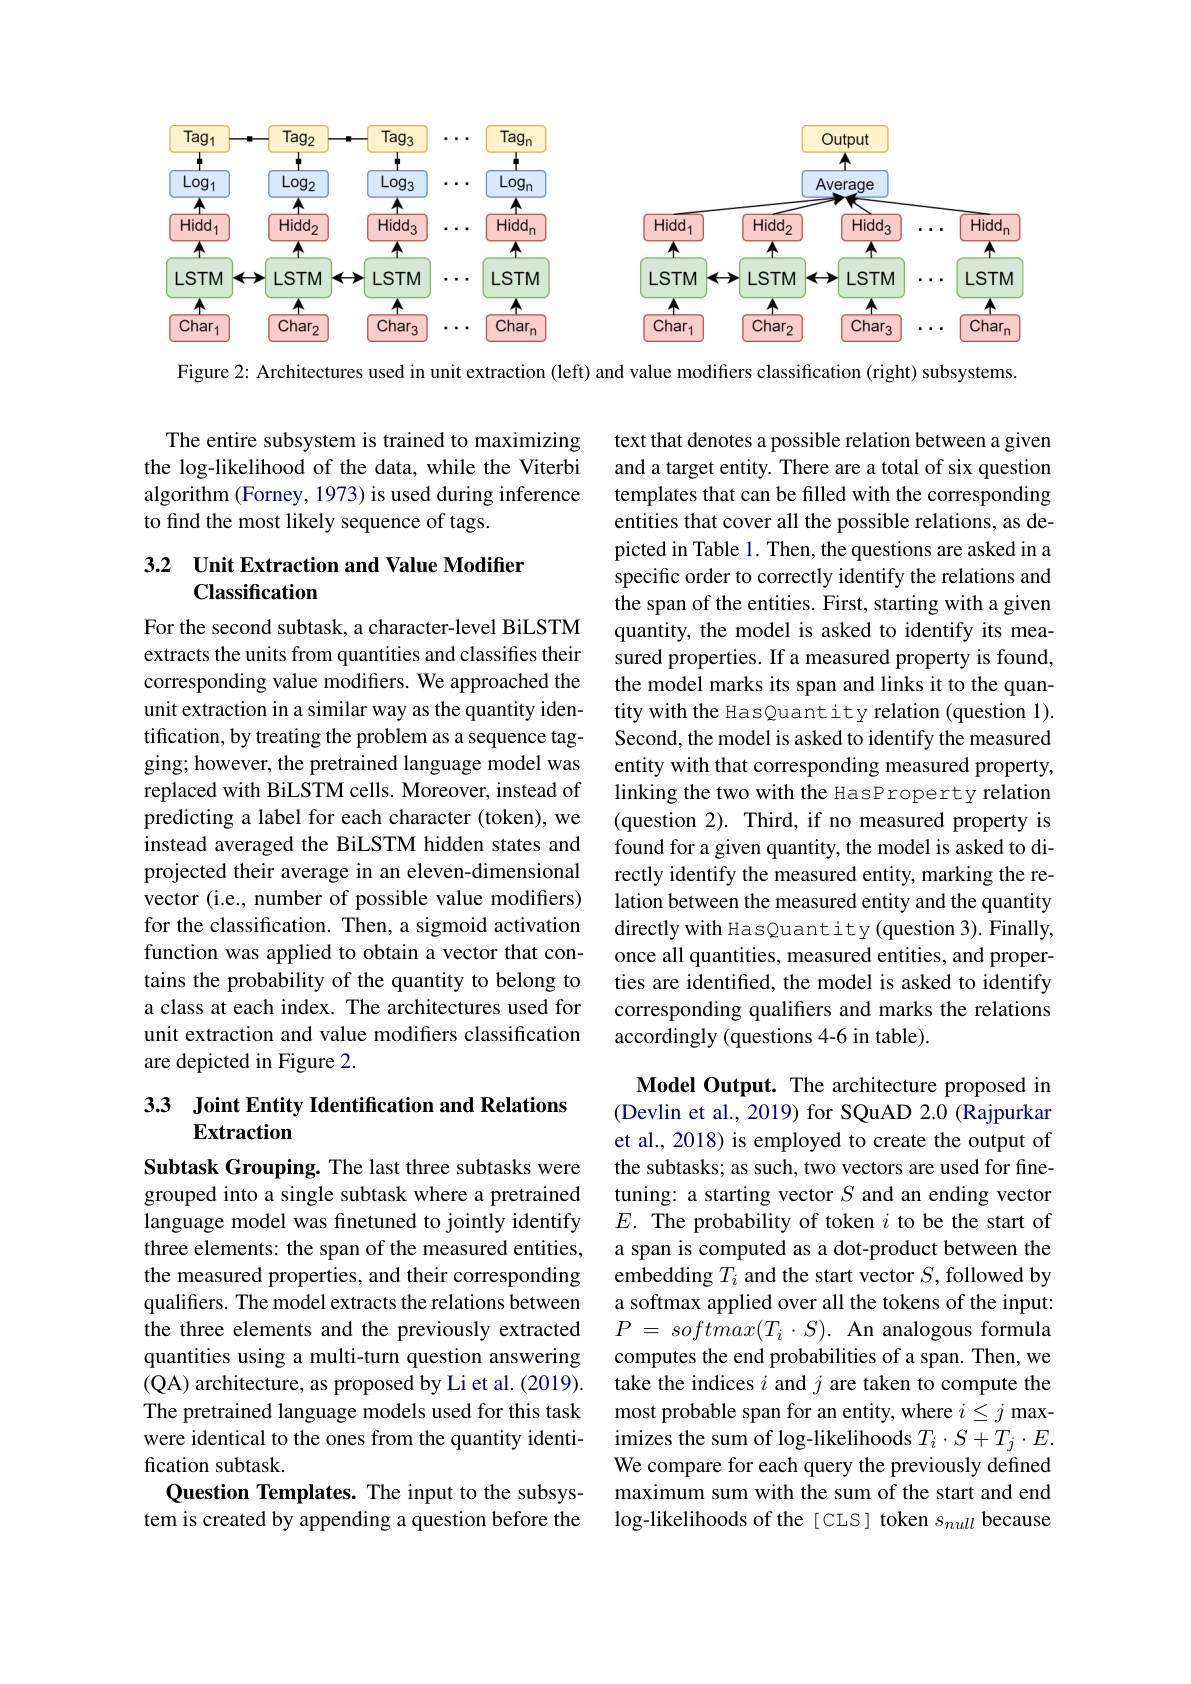
<FigureHere>

Figure 2: Architectures used in unit extraction (left) and value modiffers classiffcation (right) subsystems.

The entire subsystem is trained to maximizing the log-likelihood of the data, while the Viterbi algorithm (Forney, 1973) is used during inference to find the most likely sequence of tags.

## 3.2 Unit Extraction and Value Modifier Classification

text that denotes a possible relation between a given and a target entity. There are a total of six question templates that can be filled with the corresponding entities that cover all the possible relations, as depicted in Table 1. Then, the questions are asked in a specific order to correctly identify the relations and the span of the entities. First, starting with a given quantity, the model is asked to identify its measured properties. If a measured property is found, the model marks its span and links it to the quantity with the HasQuantity relation (question 1). Second, the model is asked to identify the measured entity with that corresponding measured property, linking the two with the HasProperty relation (question 2). Third, if no measured property is found for a given quantity, the model is asked to directly identify the measured entity, marking the relation between the measured entity and the quantity directly with HasQuantity (question 3). Finally, once all quantities, measured entities, and properties are identified, the model is asked to identify corresponding qualifers and marks the relations accordingly (questions 4-6 in table).

For the second subtask, a character-level BiLSTM extracts the units from quantities and classifies their corresponding value modifiers. We approached the unit extraction in a similar way as the quantity identification, by treating the problem as a sequence tagging; however, the pretrained language model was replaced with BiLSTM cells. Moreover, instead of predicting a label for each character (token), we instead averaged the BiLSTM hidden states and projected their average in an eleven-dimensional vector (i.e., number of possible value modifiers) for the classification. Then, a sigmoid activation function was applied to obtain a vector that contains the probability of the quantity to belong to a class at each index. The architectures used for unit extraction and value modifers classification are depicted in Figure 2.

## 33 Joint Entity Identification and Relations Extraction

Model Output. The architecture proposed in (Devlin et al., 2019) for SQuAD 2.0 (Rajpurkar et al., 2018) is employed to create the output of the subtasks; as such, two vectors are used for finetuning: a starting vector $S$ and an ending vector $E.$ The probability of token $i$ to be the start of a span is computed as a dot-product between the embedding $T_i$ and the start vector $S$, followed by a softmax applied over all the tokens of the input: $P$ = $softmax( T_{i}\cdot S) .$ An analogous formula computes the end probabilities of a span. Then, we take the indices $i$ and $j$ are taken to compute the most probable span for an entity, where $i\leq j$ maximizes the sum of log-likelihoods $T_i\cdot S+T_j\cdot E.$ We compare for each query the previously defined maximum sum with the sum of the start and end log-likelihoods of the [CLS] token $s_null$ because

Subtask Grouping. The last three subtasks were grouped into a single subtask where a pretrained language model was finetuned to jointly identify three elements: the span of the measured entities, the measured properties, and their corresponding qualifiers. The model extracts the relations between the three elements and the previously extracted quantities using a multi-turn question answering (QA) architecture, as proposed by Li et al. (2019). The pretrained language models used for this task were identical to the ones from the quantity identification subtask.
Question Templates. The input to the subsystem is created by appending a question before the